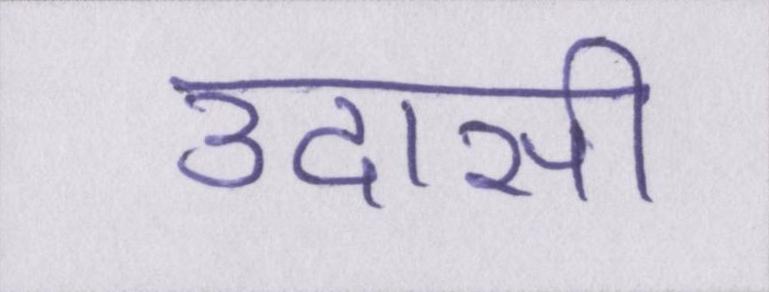
उदासी